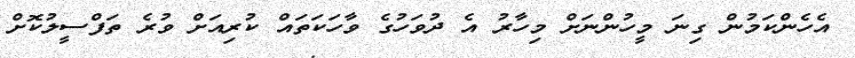
އެހެންކަމުން ގިނަ މީހުންނަށް މިހާރު އެ ދުވަހުގެ ވާހަކަތައް ކުރިއަށް ވުރެ ތަފްސީލުކޮށް